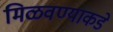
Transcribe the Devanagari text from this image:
मिळवण्याकडे